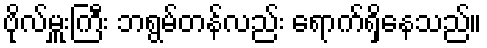
ဗိုလ်မှူးကြီး ဘရွမ်တန်လည်း ရောက်ရှိနေသည်။